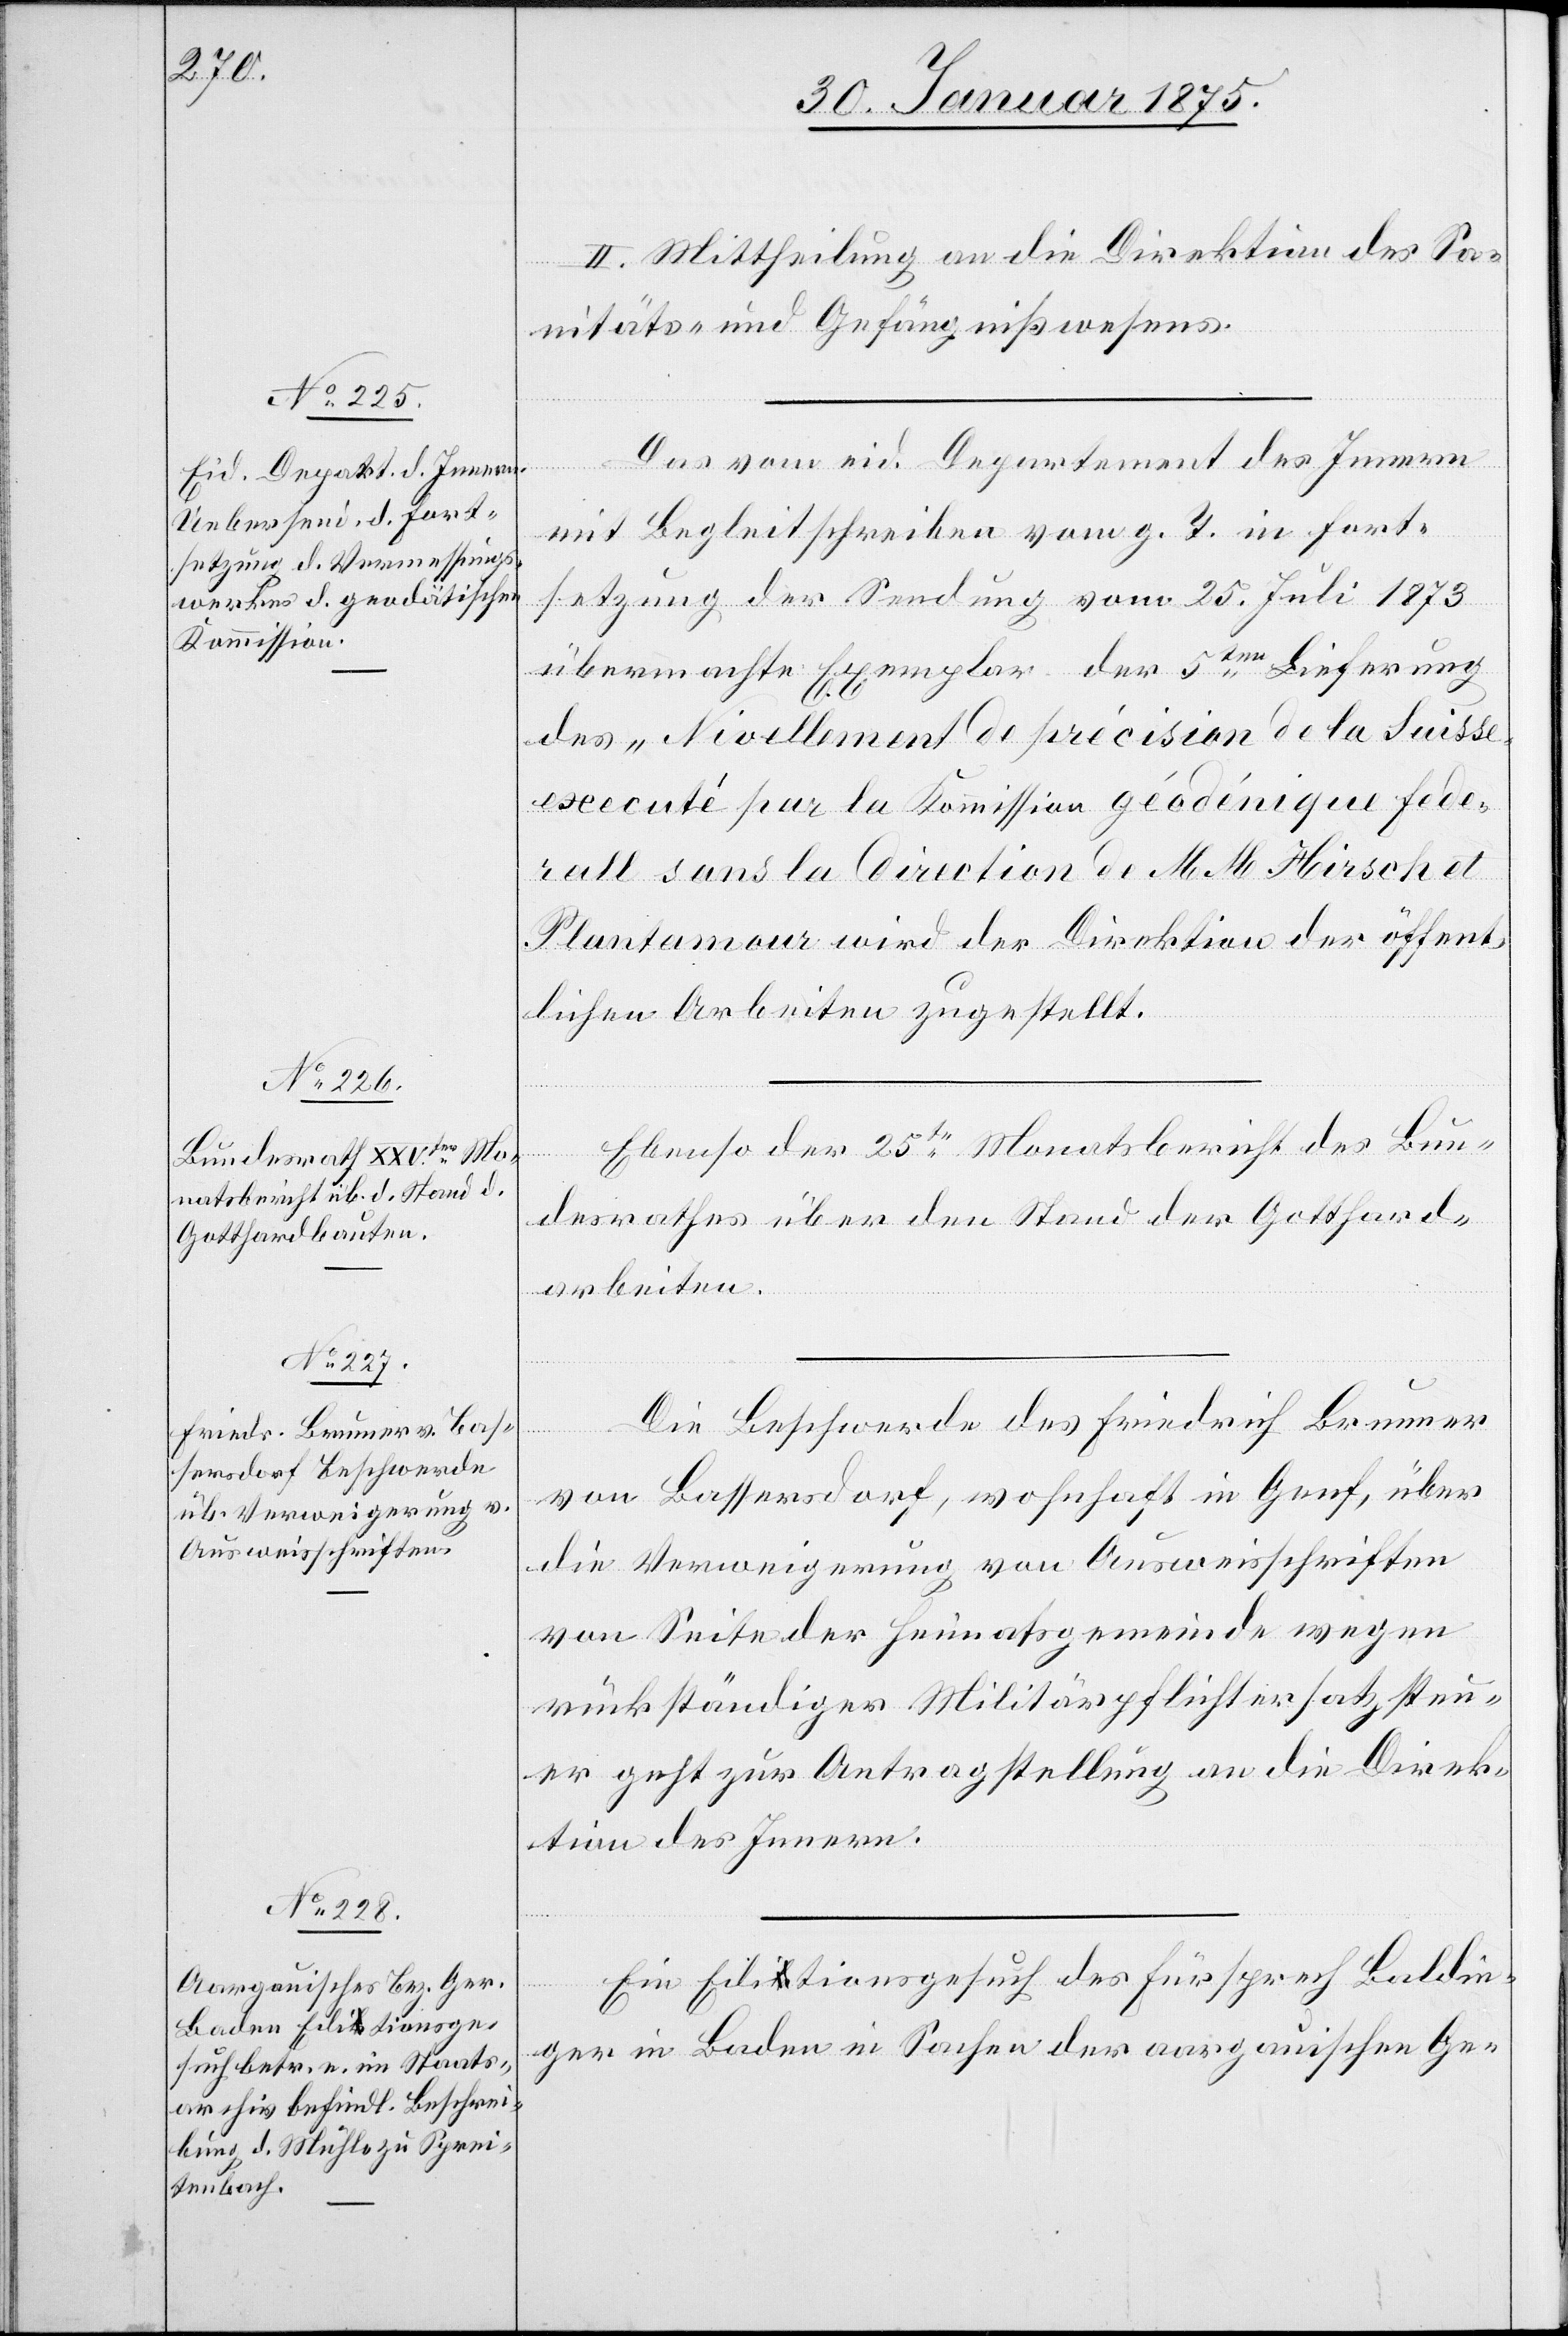
30. Januar 1875.]
II. Mittheilung an die Direktion des Sa¬
nitäts- und Gefängnißwesens.
Das vom eid. Departement des Innern
mit Begleitschreiben vom g. T. in Fort¬
setzung der Sendung vom 25. Juli 1873
übermachte Exemplar der 5ten Lieferung
des „Nivellement de précision de la Suisse
executé par la Kommission géodénique feder¬
all sans la Direction de MM Hirsch et
Plantamour“ wird der Direktion der öffent¬
lichen Arbeiten zugestellt.
Ebenso der 25te Monatsbericht des Bun¬
desrathes über den Stand der Gotthard¬
arbeiten.
Die Beschwerde des Friedrich Brunner
von Bassersdorf, wohnhaft in Genf, über
die Verweigerung von Ausweisschriften
von Seite der Heimatsgemeinde wegen
rückständiger Militärpflichtersatzsteu¬
er geht zur Antragstellung an die Direk¬
tion des Innern.
Ein Editionsgesuch des Fürsprech Baldin¬
ger in Baden in Sachen der aargauischen Ge-